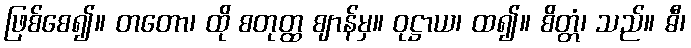
ဖြစ်စေ၍။ တတော၊ ထို စတုတ္ထ ဈာန်မှ။ ဝုဋ္ဌာယ၊ ထ၍။ စိတ္တံ၊ သည်။ ဓီ၊